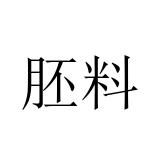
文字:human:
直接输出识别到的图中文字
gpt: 胚料